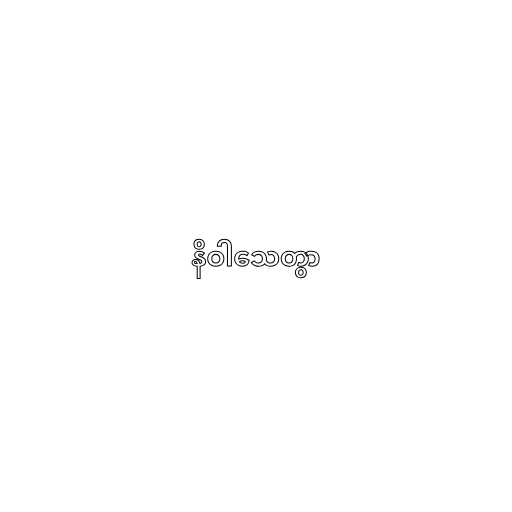
နိဝါသေတွာ